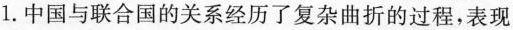
1.中国与联合国的关系经历了复杂曲折的过程，表现